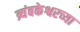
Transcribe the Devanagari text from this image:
त्र्यंबकेश्वरच्या